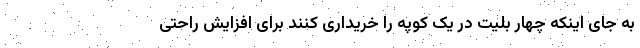
به جای اینکه چهار بلیت در یک کوپه را خریداری کنند برای افزایش راحتی